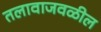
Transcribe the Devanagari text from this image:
तलावाजवळील